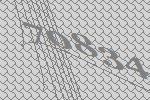
70834